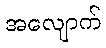
အလျောက်